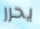
يحرر